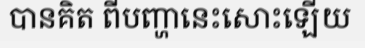
បានគិត ពីបញ្ហានេះសោះឡើយ